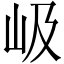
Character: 岋